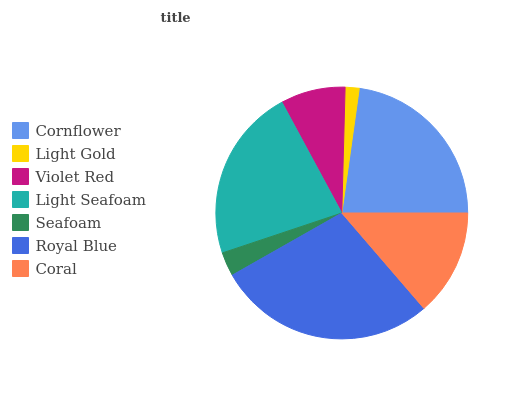
| Cornflower | Light Gold | Violet Red | Light Seafoam | Seafoam | Royal Blue | Coral |
 | --- | --- | --- | --- | --- | --- | --- |
 | 22.7% | 1.8% | 8.29% | 22.3% | 3.09% | 28.1% | 13.7% |